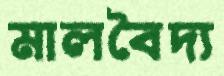
মালবৈদ্য